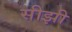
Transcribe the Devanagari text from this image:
सीझी